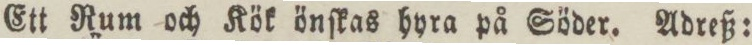
Ett Rum och Kök önſkas hyra på Söder. Adreß: